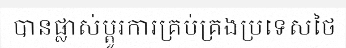
បានផ្លាស់ប្តូរការគ្រប់គ្រងប្រទេសថៃ